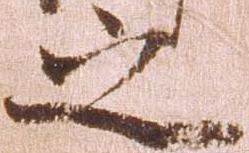
之